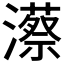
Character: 𤁱